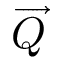
\overrightarrow { Q }